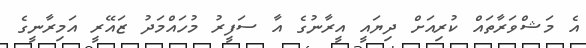
އެ މަޝްވަރާތައް ކުރިއަށް ދިޔައީ އީރާނުގެ އާ ސަފީރު މުހައްމަދު ޒައޭރީ އަމިރާނީގެ